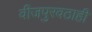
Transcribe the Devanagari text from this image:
वीजपुरवठाही